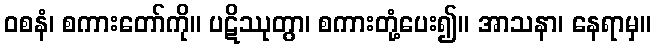
ဝစနံ၊ စကားတော်ကို။ ပဋိဿုတွာ၊ စကားတုံ့ပေး၍။ အာသနာ၊ နေရာမှ။